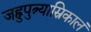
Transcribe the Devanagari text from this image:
जह्नुपुत्र्यास्रिकालं